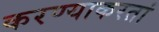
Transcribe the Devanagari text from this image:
करण्याकरतां